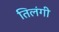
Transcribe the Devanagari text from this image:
तिलंगी